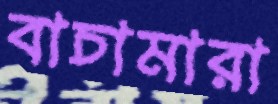
বাচামারা